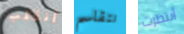
أنقلب نتقاسم أنتظرت